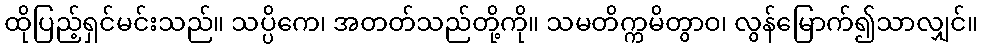
ထိုပြည့်ရှင်မင်းသည်။ သပ္ပိကေ၊ အတတ်သည်တို့ကို။ သမတိက္ကမိတွာဝ၊ လွန်မြောက်၍သာလျှင်။